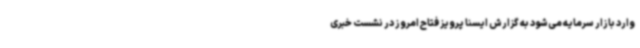
وارد بازار سرمایه می‌شود به گزارش ایسنا پرویز فتاح امروز در نشست خبری